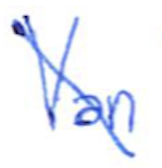
Text: Van
Cross-out: diagonal
Writing tool: ballpoint